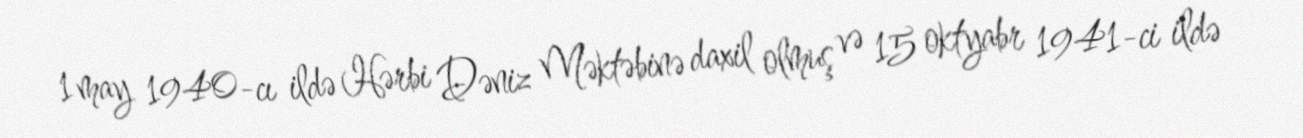
1 may 1940-cı ildə Hərbi Dəniz Məktəbinə daxil olmuş və 15 oktyabr 1941-ci ildə